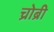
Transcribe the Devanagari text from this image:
च्रोब्री